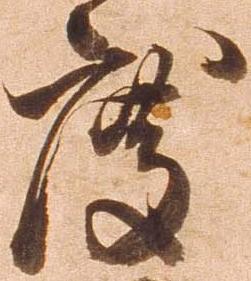
度